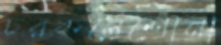
চরকর্নেশোনা